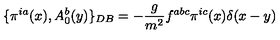
\{ \pi ^ { i a } ( x ) , A _ { 0 } ^ { b } ( y ) \} _ { D B } = - \frac { g } { m ^ { 2 } } f ^ { a b c } \pi ^ { i c } ( x ) \delta ( x - y ) \nonumber